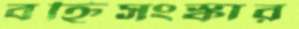
বহ্নিসংস্কার